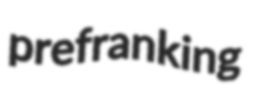
prefranking